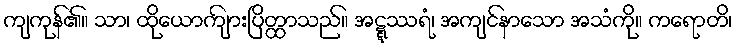
ကျကုန်၏။ သာ၊ ထိုယောကျ်ားပြိတ္ထာသည်။ အဋ္ဋဿရံ၊ အကျင်နာသော အသံကို။ ကရောတိ၊